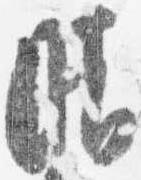
晴